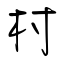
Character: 村